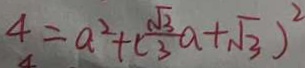
4 = a ^ { 2 } + ( \frac { \sqrt { 3 } } { 3 } a + \sqrt { 3 } ) ^ { 2 }